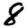
Digit: 8